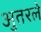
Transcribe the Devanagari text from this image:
अुतरले